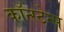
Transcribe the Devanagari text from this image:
कॉन्स्टेन्स